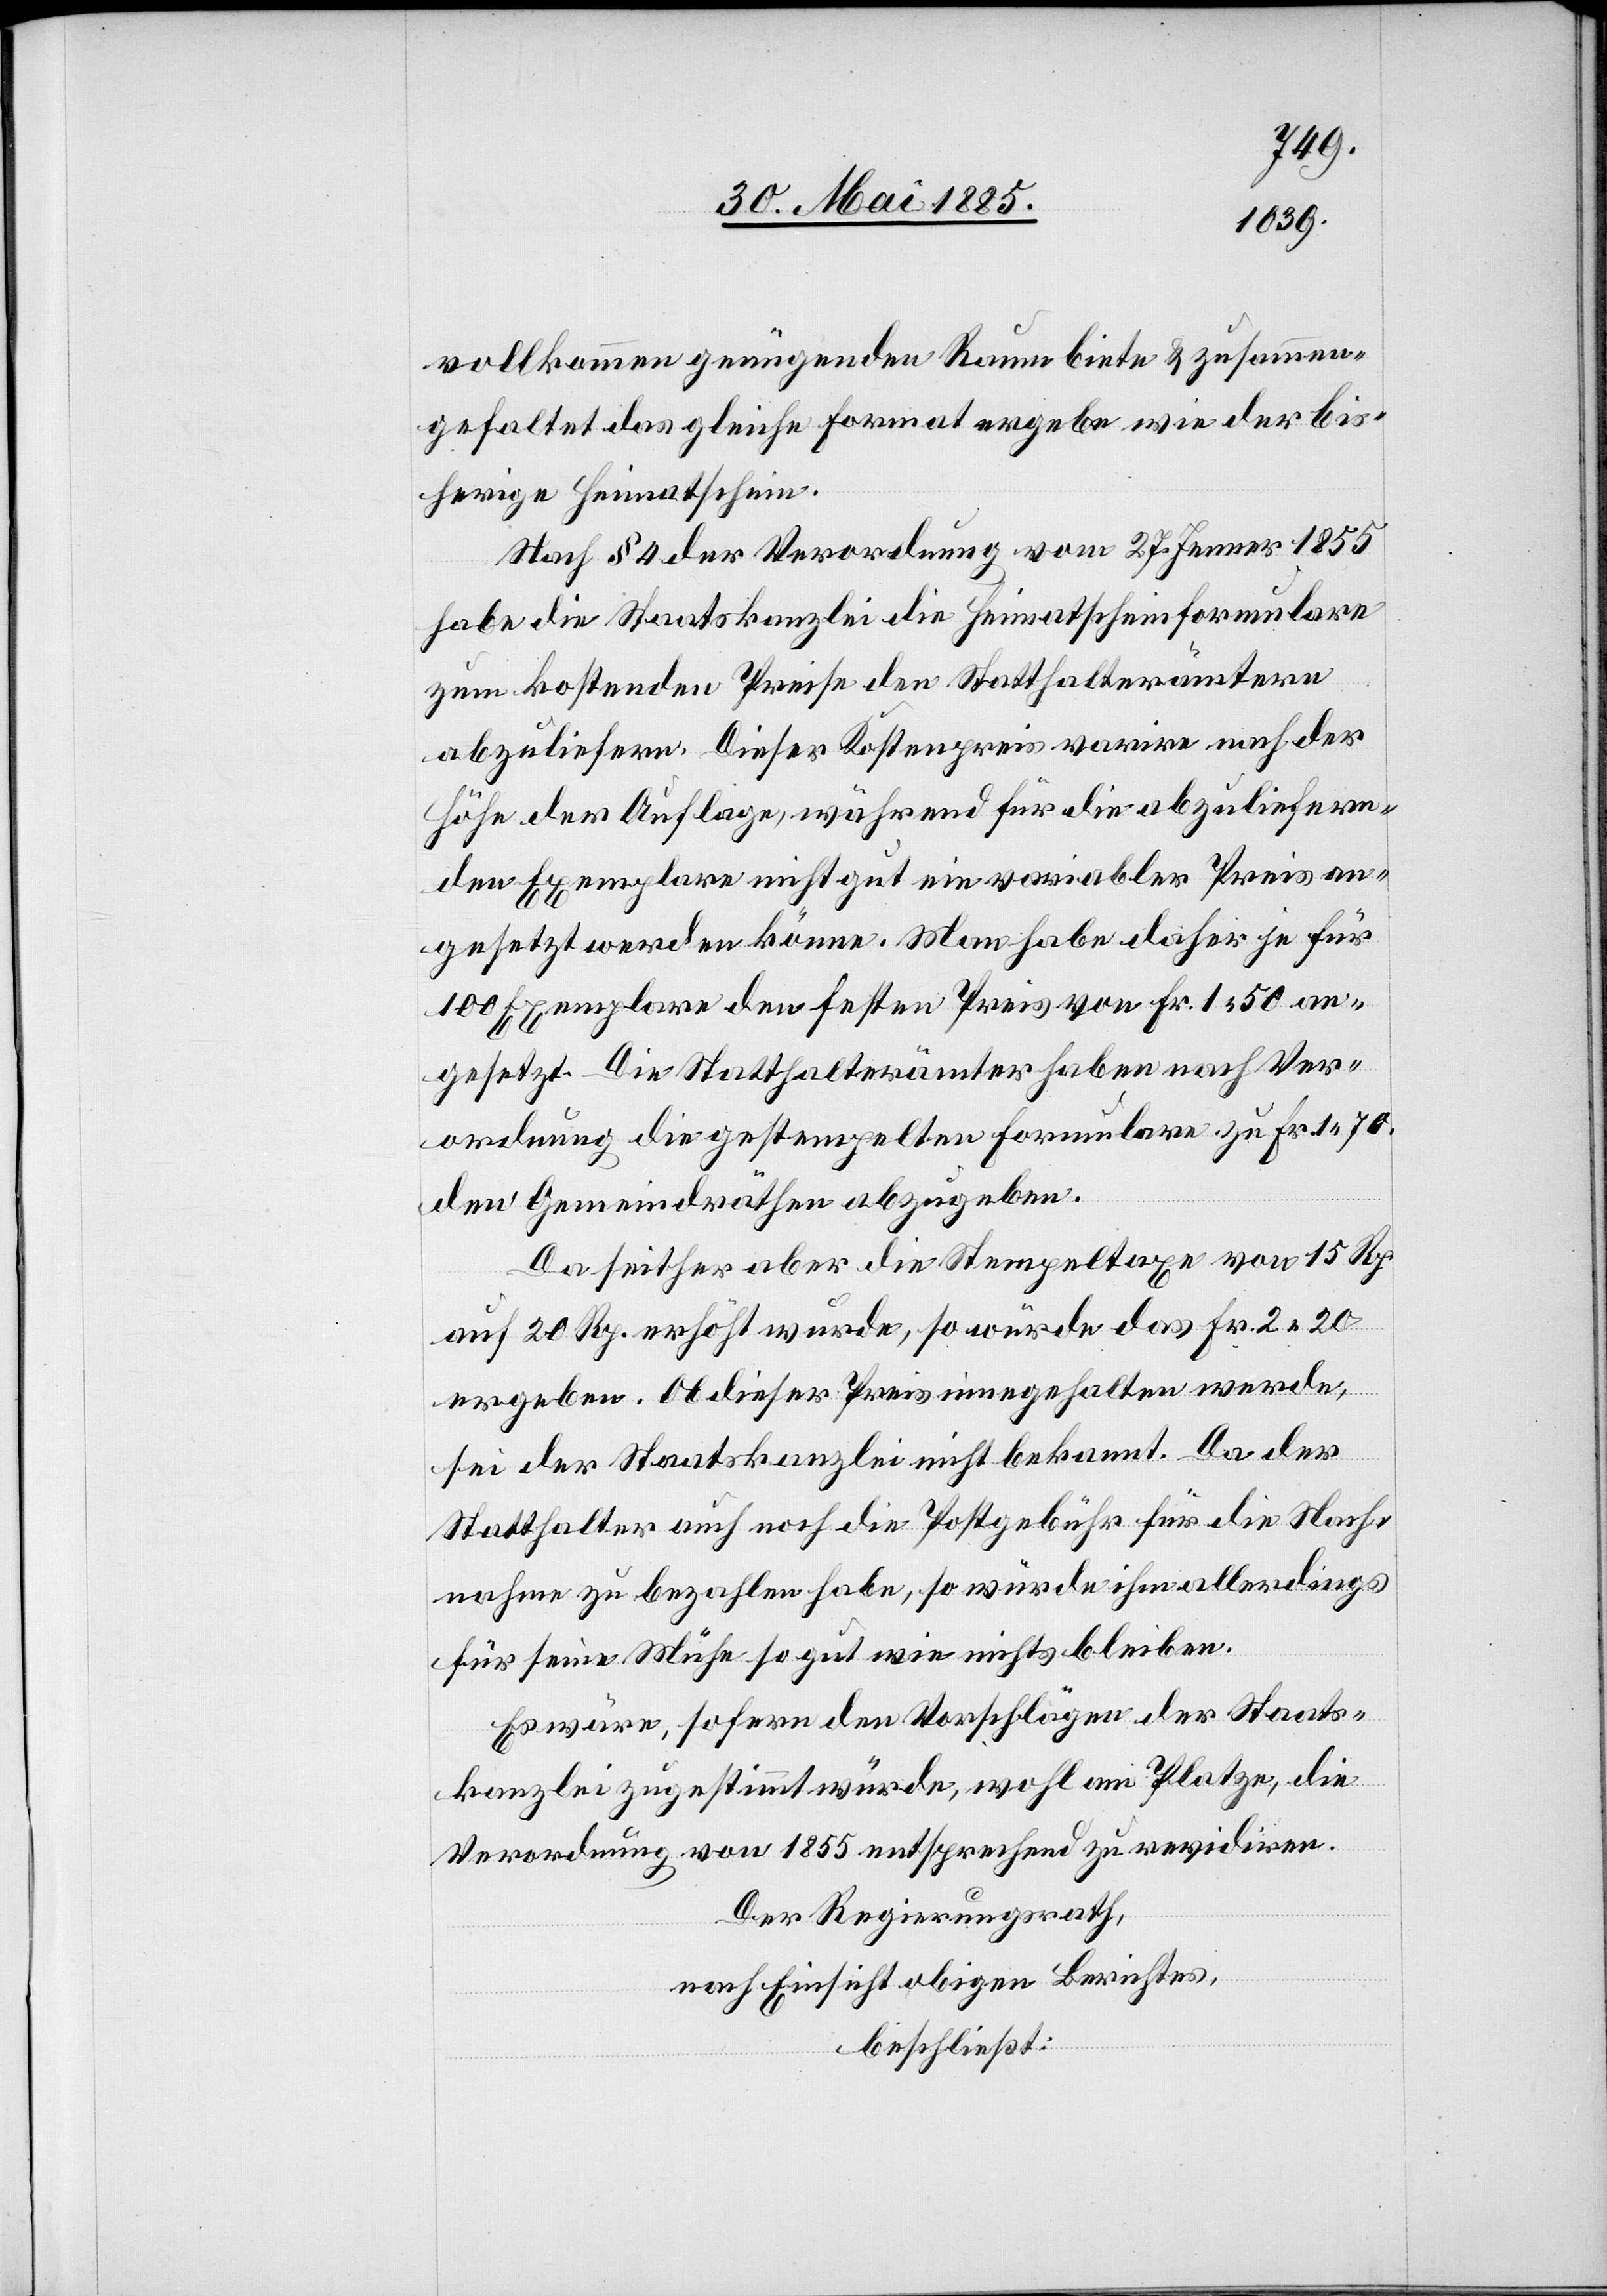
vollkommen genügenden Raum biete & zusammen¬
gefaltet das gleiche Format ergebe wie der bis¬
herige Heimatschein.
Nach § 4 der Verordnung vom 27. Jenner 1855
habe die Staatskanzlei die Heimatscheinsformulare
zum kostenden Preise den Statthalterämtern
abzuliefern. Dieser Kostenpreis varire nach der
Höhe der Auflage, während für die abzuliefern¬
den Exemplare nicht gut ein variabler Preis an¬
gesetzt werden könne. Man habe daher je für
gesetzt. Die Statthalterämter haben nach Ver¬
ordnung die gestempelten Formulare zu Fr. 1 70
den Gemeindräthen abzugeben.
Da seither aber die Stempeltaxe von 15 Rp.
auf 20 Rp. erhöht wurde, so würde das Fr. 2 20
an¬
ergeben. Ob dieser Preis innegehalten werde,
sei der Staatskanzlei nicht bekannt. Da der
Statthalter auch noch die Postgebühr für die Nach¬
nahme zu bezahlen habe, so würde ihm allerdings
für seine Mühe so gut wie nichts bleiben.
Es wäre, sofern den Vorschlägen der Staats¬
kanzlei zugestimmt würde, wohl am Platze, die
Verordnung von 1855 entsprechend zu revidiren.
Der Regierungsrath,
nach Einsicht obigen Berichtes,
beschließt: